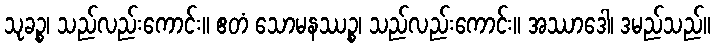
သုခဉ္စ၊ သည်လည်းကောင်း။ ဧတံ သောမနဿဉ္စ၊ သည်လည်းကောင်း။ အဿာဒေါ၊ ဒမည်သည်။